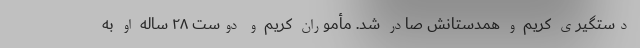
دستگیری کریم و همدستانش صادر شد. مأموران کریم و دوست ۲۸ ساله او به